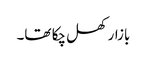
بازار کھل چکا تھا۔